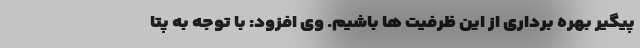
پیگیر بهره برداری از این ظرفیت ها باشیم. وی افزود: با توجه به پتا